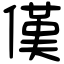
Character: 傼